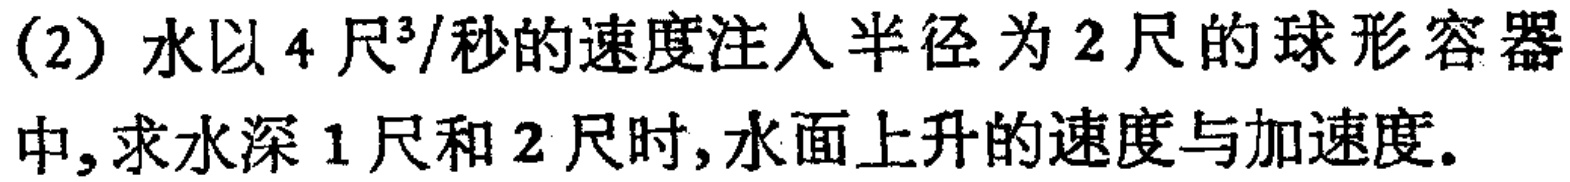
(2) 水以 \(4\) 尺\(^{3}/\)秒的速度注入半径为 \(2\) 尺的球形容器中, 求水深 \(1\) 尺和 \(2\) 尺时, 水面上升的速度与加速度.